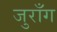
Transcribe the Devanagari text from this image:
जुराँग